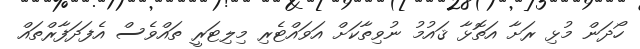
ހޯދަން މުޅި ރަށާ އަތޮޅާ ޤައުމު ނުވިތާކަށް އަވައްޓެރި މިލިޓަރީ ތައްވެސް އެފަދަފާރްތައް